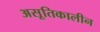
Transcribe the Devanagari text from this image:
असूतिकालीन